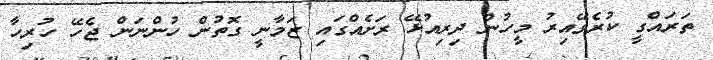
ތަރައްގީ ކުރެވޭއިރު މީހުން ދިރިއުޅޭ ރަށެއްގައި ޒަމާނީ ގޮތުން ހުންނަން ޖެހޭ ހުރިހާ